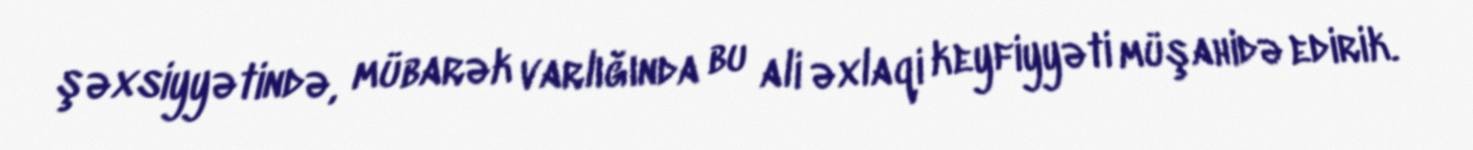
şəxsiyyətində, mübarək varlığında bu ali əxlaqi keyfiyyəti müşahidə edirik.